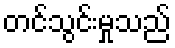
တင်သွင်းမှုသည်